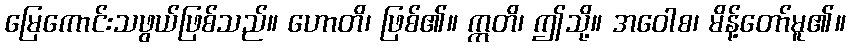
မြေကောင်းသဖွယ်ဖြစ်သည်။ ဟောတိ၊ ဖြစ်၏။ ဣတိ၊ ဤသို့။ အဝေါစ၊ မိန့်တော်မူ၏။